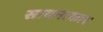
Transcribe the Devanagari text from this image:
सायनाकार